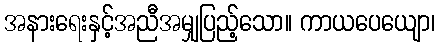
အနားရေးနှင့်အညီအမျှပြည့်သော။ ကာယပေယျော၊